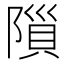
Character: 𨻨